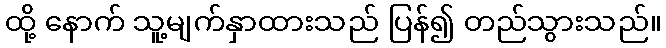
ထို့ နောက် သူ့မျက်နှာထားသည် ပြန်၍ တည်သွားသည်။